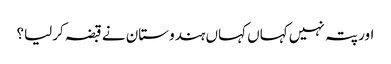
اور پتہ نہیں کہاں کہاں ہندوستان نے قبضہ کرلیا؟